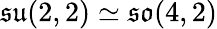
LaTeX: {\mathfrak{su}}(2,2)\simeq{\mathfrak{so}}(4,2)